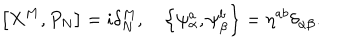
\left[ X ^ { M } , P _ { N } \right] = i \delta _ { N } ^ { M } , \quad \left\{ \psi _ { \alpha } ^ { a } , \psi _ { \beta } ^ { b } \right\} = \eta ^ { a b } \delta _ { \alpha \beta } .